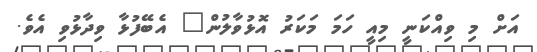
އަށް މި ވިއްކަނީ މިއީ ހަމަ މަކަރު އޮޅުވާލުން" އެބޭފުޅާ ވިދާޅުވި އެވެ.